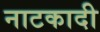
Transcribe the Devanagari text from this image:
नाटकादी